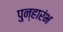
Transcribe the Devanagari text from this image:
पुन्हारंभ